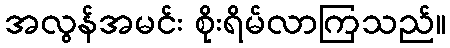
အလွန်အမင်း စိုးရိမ်လာကြသည်။